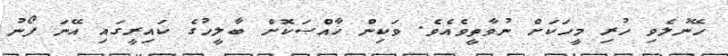
ހޭނުލެވި ހުރި މީހަކަށް ނުވާތީވެއެވެ. ވަކިން ޚާއްޞަކޮށް ބާލީހުގެ ކައިރީގައި އޭނަ ފޯނު